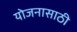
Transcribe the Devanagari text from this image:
योजनासाठी